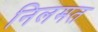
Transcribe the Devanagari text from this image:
निलमत